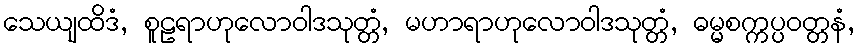
သေယျထိဒံ, စူဠရာဟုလောဝါဒသုတ္တံ, မဟာရာဟုလောဝါဒသုတ္တံ, ဓမ္မစက္ကပ္ပဝတ္တနံ,